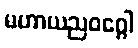
မဟာယညဝဂ္ဂေါ